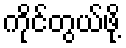
ကိုင်တွယ်ဖို့